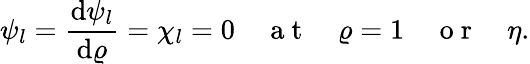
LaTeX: \psi_{l}=\frac{\mathrm{d}\psi_{l}}{\mathrm{d}\varrho}=\chi_{l}=0\quad\mathrm{~a~t~}\quad\varrho=1\quad\mathrm{~o~r~}\quad\eta.